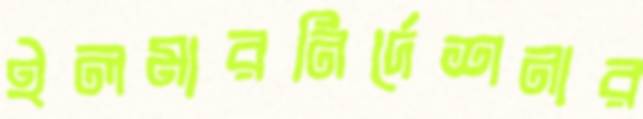
ইলমারনির্দেশনার